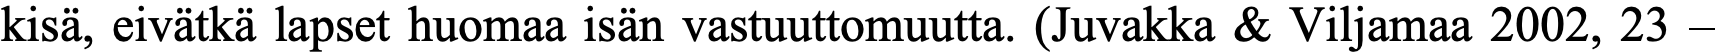
kisä, eivätkä lapset huomaa isän vastuuttomuutta. (Juvakka & Viljamaa 2002, 23 –